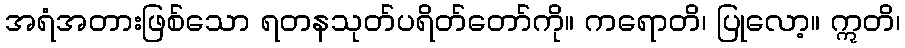
အရံအတားဖြစ်သော ရတနသုတ်ပရိတ်တော်ကို။ ကရောတိ၊ ပြုလော့။ ဣတိ၊